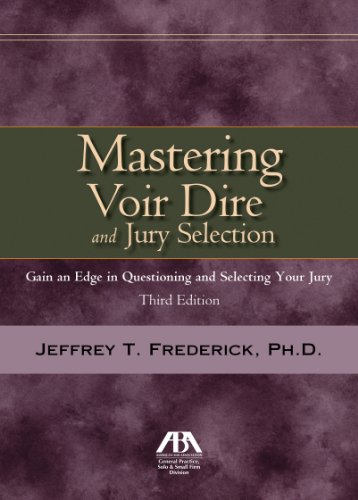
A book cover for Mastering Voir Dire and Jury Selection: Gain and Edge in Questioning and Selecting your Jury; Jeffrey T. Frederick; Law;